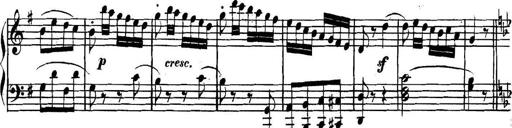
Title: Collected Piano Sonatas
Composer: Muzio Clementi